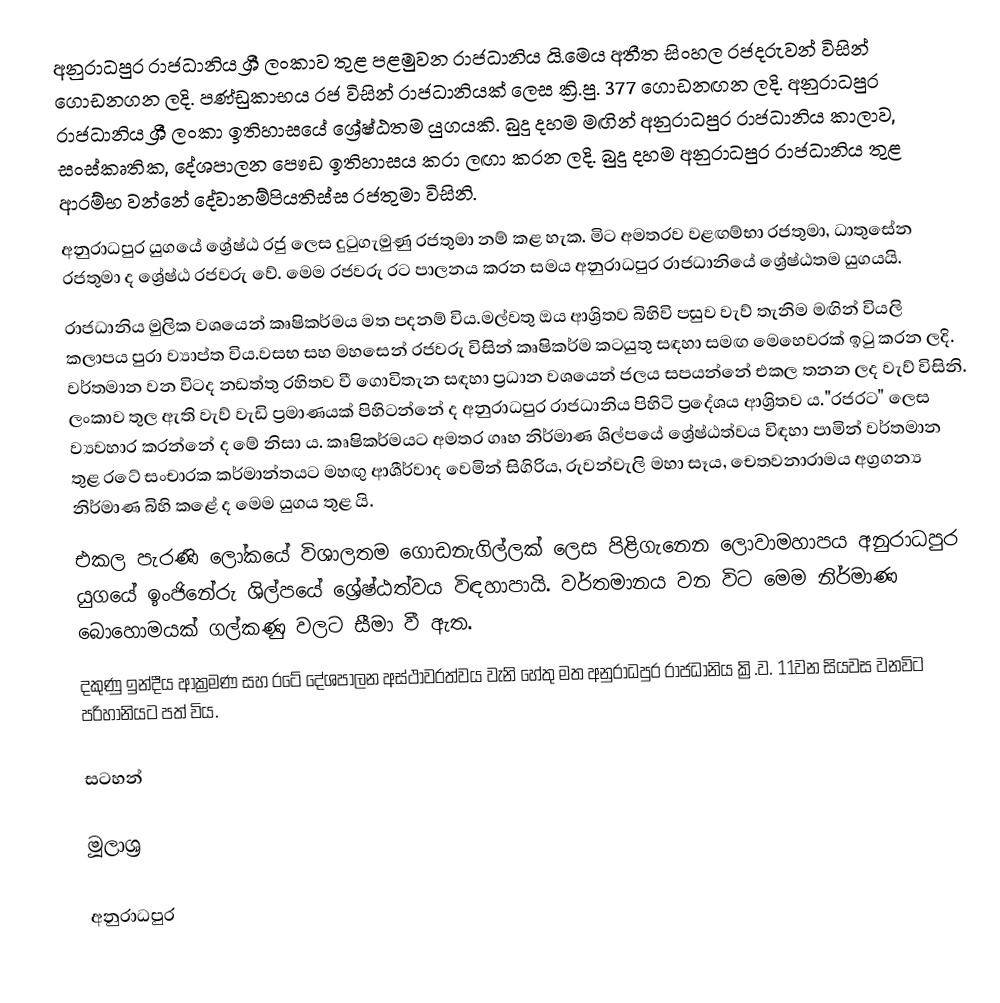
අනුරාධපුර රාජධානිය ශ්‍රී ලංකාව තුළ පළමුවන රාජධානිය යි.මෙය අතීත සිංහල රජදරුවන් විසින් ගොඩනගන ලදි. පණ්ඩුකාභය රජ විසින් රාජධානියක් ලෙස ක්‍රි.පු. 377 ගොඩනඟන ලදි. අනුරාධපුර රාජධානිය ශ්‍රී ලංකා ඉතිහාසයේ ශ්‍රේෂ්ඨතම යුගයකි. බුදු දහම මඟින් අනුරාධපුර රාජධානිය කාලාව, සංස්කෘතික, දේශපාලන පෞඩ ඉතිහාසය කරා ලඟා කරන ලදි. බුදු දහම අනුරාධපුර රාජධානිය තුළ ආරම්භ වන්නේ දේවානම්පියතිස්ස රජතුමා විසිනි.
අනුරාධපුර යුගයේ ශ්‍රේෂ්ඨ රජු ලෙස දුටුගැමුණු රජතුමා නම් කළ හැක. මිට අමතරව වළඟම්භා රජතුමා, ධාතුසේන රජතුමා ද ශ්‍රේෂ්ඨ රජවරු වේ. මෙම රජවරු රට පාලනය කරන සමය අනුරාධපුර රාජධානියේ ශ්‍රේෂ්ඨතම යුගයයි.
රාජධානිය මුලික වශයෙන් කෘෂිකර්මය මත පදනම් විය.මල්වතු ඔය ආශ්‍රිතව බිහිවි පසුව වැව් තැනිම මඟින් වියලි කලාපය පුරා ව්‍යාප්ත විය.වසභ සහ මහසෙන් රජවරු විසින් කෘෂිකර්ම කටයුතු සඳහා සමඟ මෙහෙවරක් ඉටු කරන ලදි. වර්තමාන වන විටද නඩත්තු රහිතව වී ගොවිතැන සඳහා ප්‍රධාන වශයෙන් ජලය සපයන්නේ එකල තනන ලද වැව් විසිනි. ලංකාව තුල ඇති වැව් වැඩි ප්‍රමාණයක් පිහිටන්නේ ද අනුරාධපුර රාජධානිය පිහිටි ප්‍රදේශය ආශ්‍රිතව ය."රජරට" ලෙස ව්‍යවහාර කරන්නේ ද මේ නිසා ය. කෘෂිකර්මයට අමතර ගෘහ නිර්මාණ ශිල්පයේ ශ්‍රේෂ්ඨත්වය විඳහා පාමින් වර්තමාන තුළ රටේ සංචාරක කර්මාන්තයට මහඟු ආශීර්වාද වෙමින් සිගිරිය, රුවන්වැලි මහා සෑය, චෙතවනාරාමය අග්‍රගන්‍ය නිර්මාණ බිහි කළේ ද මෙම යුගය තුළ යි.
එකල පැරණි ලෝකයේ විශාලතම ගොඩනැගිල්ලක් ලෙස පිළිගැනෙන ලොවාමහාපය අනුරාධපුර යුගයේ ඉංජිනේරු ශිල්පයේ ශ්‍රේෂ්ඨත්වය විඳහාපායි. වර්තමානය වන විට මෙම නිර්මාණ බොහොමයක් ගල්කණු වලට සීමා වී ඇත.
දකුණු ඉන්දීය ආක්‍රමණ සහ රටේ දේශපාලන අස්ථාවරත්වය වැනි හේතු මත අනුරාධපුර රාජධානිය ක්‍රි.ව. 11වන සියවස වනවිට පරිහානියට පත් විය.

සටහන්

මූලාශ්‍ර

අනුරාධපුර